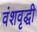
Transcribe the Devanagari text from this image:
वंशवृद्धी